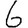
Digit: 6